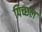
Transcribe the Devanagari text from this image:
पिच्छल